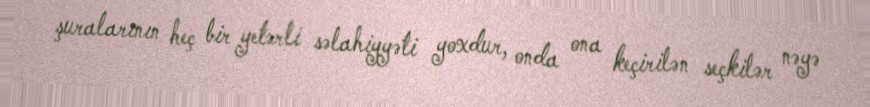
şuralarının heç bir yetərli səlahiyyəti yoxdur, onda ona keçirilən seçkilər nəyə